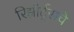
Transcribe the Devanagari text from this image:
रिझॉर्ट्‌सचे